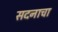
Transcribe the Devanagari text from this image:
सदनाचा